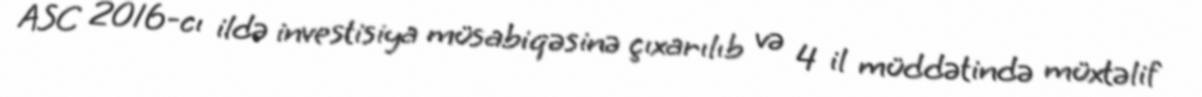
ASC 2016-cı ildə investisiya müsabiqəsinə çıxarılıb və 4 il müddətində müxtəlif